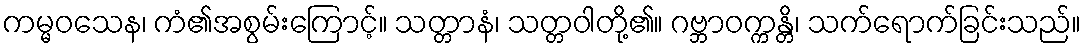
ကမ္မဝသေန၊ ကံ၏အစွမ်းကြောင့်။ သတ္တာနံ၊ သတ္တဝါတို့၏။ ဂဗ္ဘာဝက္ကန္တိ၊ သက်ရောက်ခြင်းသည်။